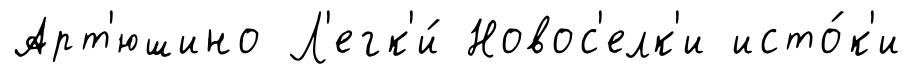
Арт'юшино Л'егк'и́ Новос'елк'и исто́к'и